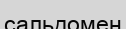
сальдомен